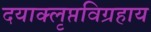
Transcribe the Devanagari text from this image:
दयाक्लृप्तविग्रहाय